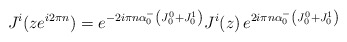
\begin{align*}J^i(ze^{i2\pi n})=e^{-2i\pi n\alpha _0^{-}\left( J_0^0+J_0^1\right)}J^i(z)\,e^{2i\pi n\alpha _0^{-}\left( J_0^0+J_0^1\right) }\end{align*}